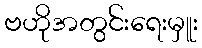
ဗဟိုအတွင်းရေးမှူး